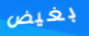
بغيض